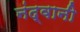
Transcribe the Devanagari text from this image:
नंद्वानी